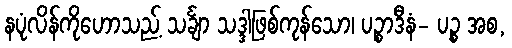
နပုံလိန်ကိုဟောသည့် သင်္ချာ သဒ္ဒါဖြစ်ကုန်သော၊ ပဉ္စာဒီနံ- ပဉ္စ အစ,